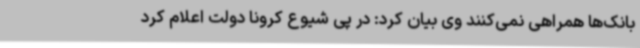
بانک‌ها همراهی نمی‌کنند وی بیان کرد: در پی شیوع کرونا دولت اعلام کرد